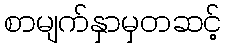
စာမျက်နှာမှတဆင့်